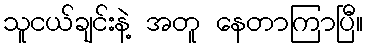
သူငယ်ချင်းနဲ့ အတူ နေတာကြာပြီ။